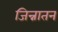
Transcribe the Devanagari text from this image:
जिन्नातन